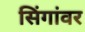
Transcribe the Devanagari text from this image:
सिंगांवर